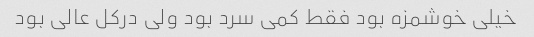
خیلی خوشمزه بود فقط کمی سرد بود ولی درکل عالی بود